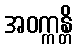
အဝက္ကန္တိ